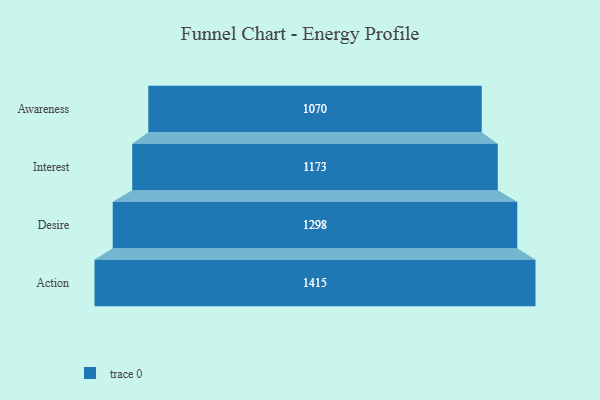
{"axis": {"x": "Stage", "y": "Value"}, "legend": [""], "data": [{"x": "Awareness", "y": 1070.0, "type": ""}, {"x": "Interest", "y": 1173.0, "type": ""}, {"x": "Desire", "y": 1298.0, "type": ""}, {"x": "Action", "y": 1415.0, "type": ""}]}